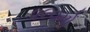
૨૯૦મો